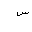
Letter: _sin